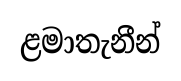
ළමාතැනීන්